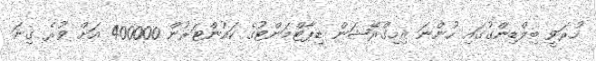
ހުރަވީ ބިލްޑިންގުގައި ހުންނަ އިމިގްރޭޝަން ޑިޕާޓްމަންޓުގެ ކައުންޓަރުން 400000 އަށް ވުރެ ގިނަ